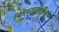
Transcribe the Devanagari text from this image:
चित्रकारकीर्दीची